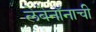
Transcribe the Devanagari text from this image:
लेबेनॉनाची